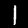
Digit: 1